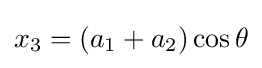
x_{3}=(a_{1}+a_{2})\cos \theta